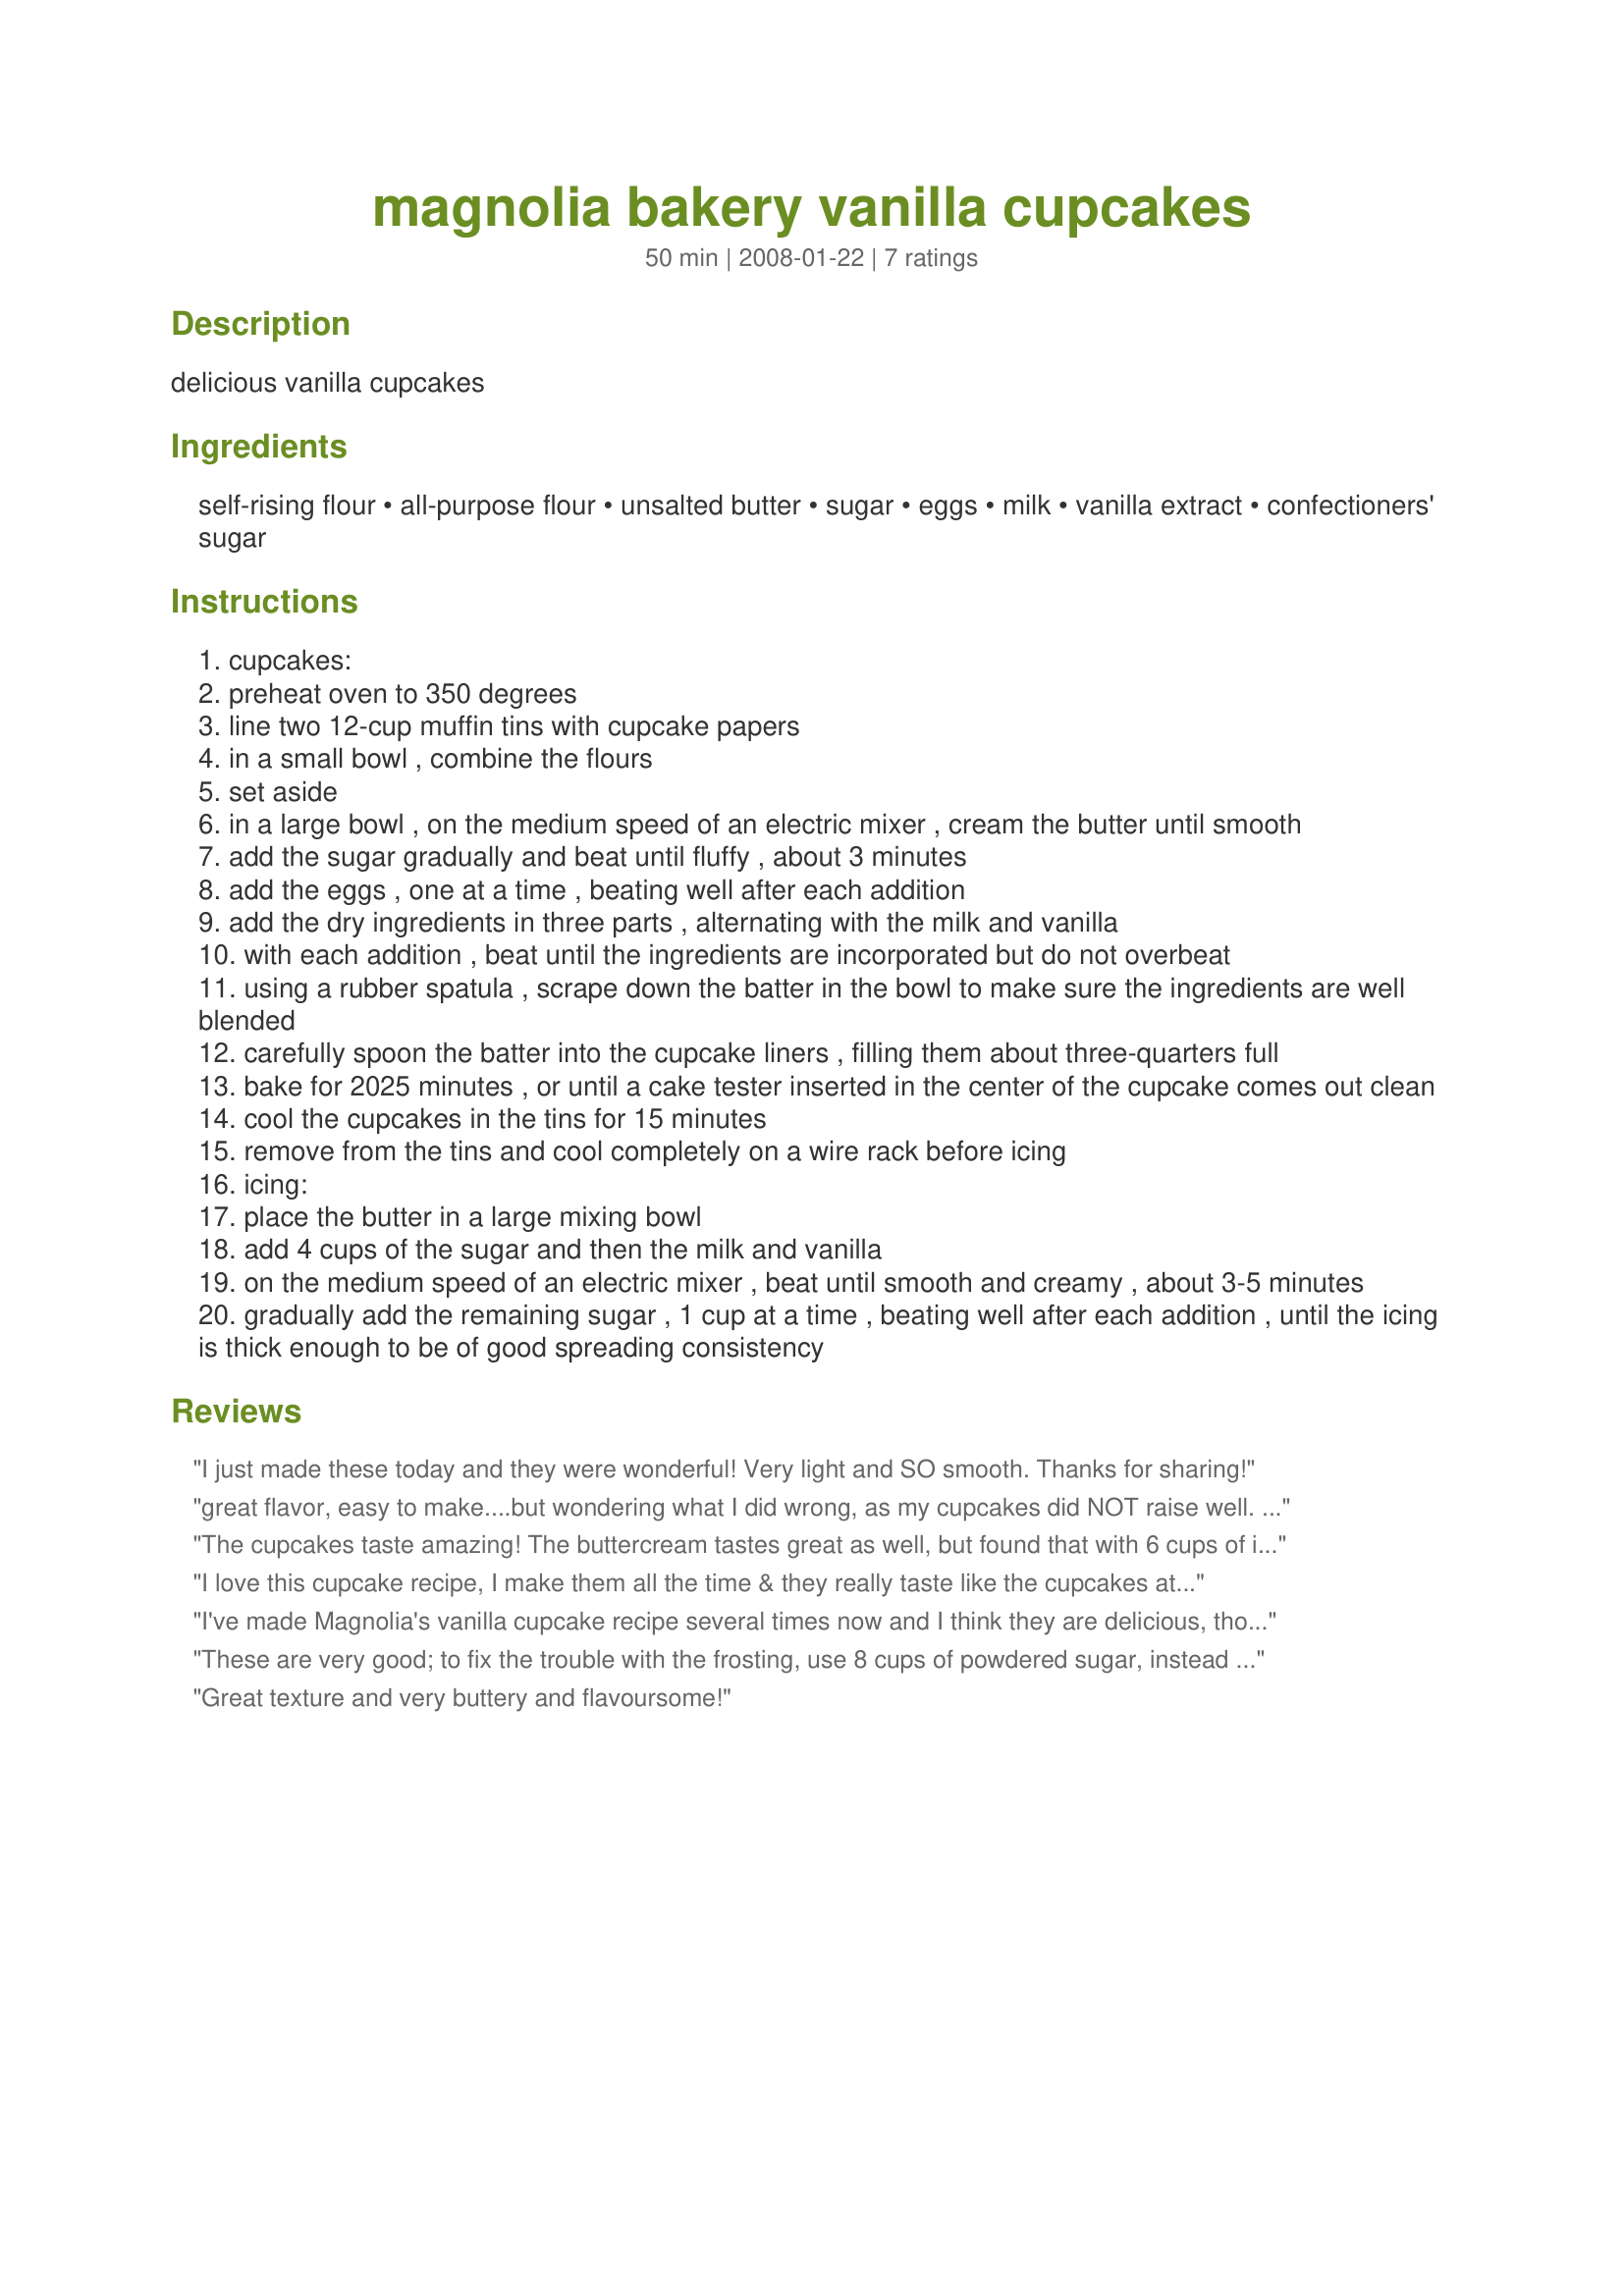
magnolia bakery vanilla cupcakes
Preparation time: 50 minutes

delicious vanilla cupcakes

Ingredients:
self-rising flour, all-purpose flour, unsalted butter, sugar, eggs, milk, vanilla extract, confectioners' sugar

Steps:
cupcakes:
preheat oven to 350 degrees
line two 12-cup muffin tins with cupcake papers
in a small bowl , combine the flours
set aside
in a large bowl , on the medium speed of an electric mixer , cream the butter until smooth
add the sugar gradually and beat until fluffy , about 3 minutes
add the eggs , one at a time , beating well after each addition
add the dry ingredients in three parts , alternating with the milk and vanilla
with each addition , beat until the ingredients are incorporated but do not overbeat
using a rubber spatula , scrape down the batter in the bowl to make sure the ingredients are well blended
carefully spoon the batter into the cupcake liners , filling them about three-quarters full
bake for 2025 minutes , or until a cake tester inserted in the center of the cupcake comes out clean
cool the cupcakes in the tins for 15 minutes
remove from the tins and cool completely on a wire rack before icing
icing:
place the butter in a large mixing bowl
add 4 cups of the sugar and then the milk and vanilla
on the medium speed of an electric mixer , beat until smooth and creamy , about 3-5 minutes
gradually add the remaining sugar , 1 cup at a time , beating well after each addition , until the icing is thick enough to be of good spreading consistency

Reviews:
I just made these today and they were wonderful! Very light and SO smooth. Thanks for sharing!
great flavor, easy to make....but wondering what I did wrong, as my cupcakes did NOT raise well. The frosting is yummy, but a bit "thin", even with 8 cups of powdered sugar.
The cupcakes taste amazing! The buttercream tastes great as well, but found that with 6 cups of icing sugar, it was still a bit too soft and I had to refrigerate the cupcakes right away as the icing was slipping off. The iced cupcakes also lost the definition of the icing tip I used. I would add a bit more icing sugar next time, but over all this is a 5-star recipe.
I love this cupcake recipe, I make them all the time & they really taste like the cupcakes at Magnolia Bakery!!! In the cookbook the icing recipe calls for a total of up to 8 cups of confectionary sugar!! Thatâ€™s a lot of sugar love â€“but the kids and adults always go crazy over these cupcakes. Itâ€™s a keeper
I've made Magnolia's vanilla cupcake recipe several times now and I think they are delicious, though a tad on the very sweet side. The frosting is DEFINITELY too sweet for me, so I don't think I'll be making it anymore.. .I much prefer a more traditional buttercream that is fluffier and less heavy feeling and tooth achingly sweet tasting. But the cake recipe is good and tastes much better than any box mix.
These are very good; to fix the trouble with the frosting, use 8 cups of powdered sugar, instead of 6 (same recipe for Magnolia's vanilla frosting) and it will firm up. Yummy!
Great texture and very buttery and flavoursome!
